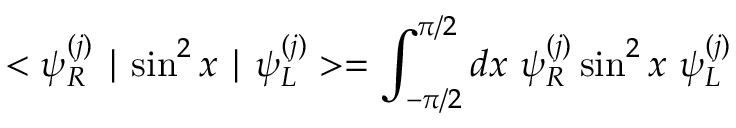
< \psi _ { R } ^ { ( j ) } \mid \sin ^ { 2 } x \mid \psi _ { L } ^ { ( j ) } > = \int _ { - \pi / 2 } ^ { \pi / 2 } d x \ \psi _ { R } ^ { ( j ) } \sin ^ { 2 } x \ \psi _ { L } ^ { ( j ) }